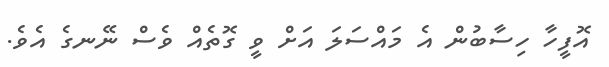
އޮފީހާ ހިސާބުން އެ މައްސަލަ އަށް ވީ ގޮތެއް ވެސް ނޭނގެ އެވެ.